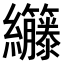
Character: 𫄘